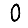
Digit: 0